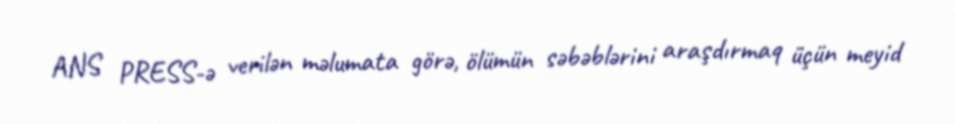
ANS PRESS-ə verilən məlumata görə, ölümün səbəblərini araşdırmaq üçün meyid